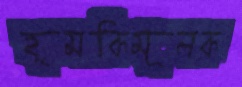
হুমকিমূলক